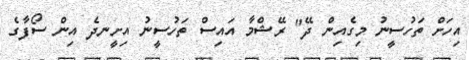
އިހަށް ތަހުސީނު މިގެއިން ދޭ" ރޭޝްމާ އައިސް ތަހުސީނު އިށީނދެ އިން ސޯފާގެ